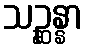
သဉ္ဆန္နာ